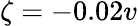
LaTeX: \zeta=-0.02v